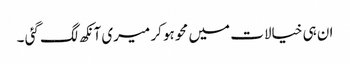
ان ہی خیالات میں محو ہو کر میری آنکھ لگ گئی ۔